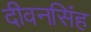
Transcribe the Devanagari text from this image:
दीवनसिंह